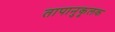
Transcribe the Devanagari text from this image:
तापानुकूलक